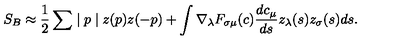
S _ { B } \approx \frac { 1 } { 2 } \sum \mid p \mid z ( p ) z ( - p ) + \int \nabla _ { \lambda } F _ { \sigma \mu } ( c ) \frac { d c _ { \mu } } { d s } z _ { \lambda } ( s ) z _ { \sigma } ( s ) d s .